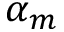
\alpha _ { m }